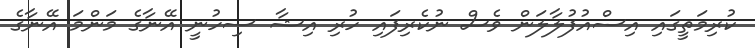
ކުރިމަތީގައި އިސްއުފުލާލަން ވެސް ނުކެރިފައި ހުރި އިޝާ ސިހުނީ އޭނާގެ މަންމަ އޭނާގެ